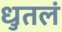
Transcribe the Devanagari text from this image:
धुतलं